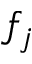
f _ { j }